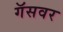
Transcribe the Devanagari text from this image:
गॅसवर